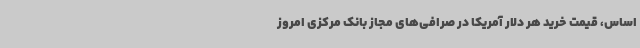
اساس، قیمت خرید هر دلار آمریکا در صرافی‌های مجاز بانک مرکزی امروز